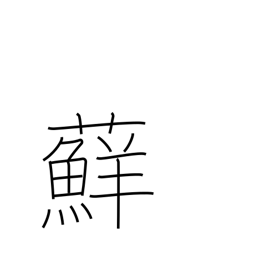
Meaning: moss